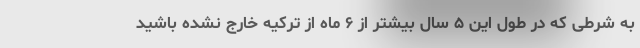
به شرطی که در طول این ۵ سال بیشتر از ۶ ماه از ترکیه خارج نشده باشید